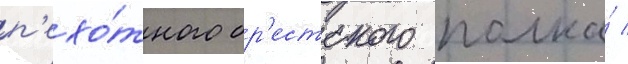
п'ехо́тного бр'естского полка́ /